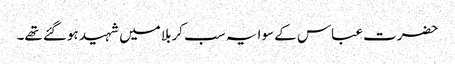
حضرت عباس کے سوا یہ سب کربلا میں شہید ہوگئے تھے۔